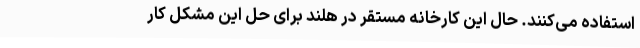
استفاده می‌کنند. حال این کارخانه مستقر در هلند برای حل این مشکل کار